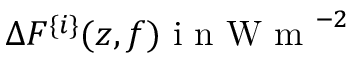
\Delta F ^ { \{ i \} } ( z , f ) \mathrm { ~ i ~ n ~ W ~ m ~ } ^ { - 2 }